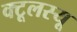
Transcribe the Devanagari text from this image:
क्टूलस्यू